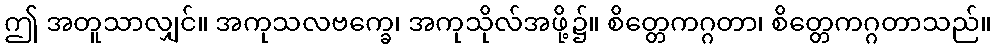
ဤ အတူသာလျှင်။ အကုသလဗက္ခေ၊ အကုသိုလ်အဖို့၌။ စိတ္တေကဂ္ဂတာ၊ စိတ္တေကဂ္ဂတာသည်။